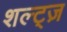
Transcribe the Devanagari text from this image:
शल्ट्ज़